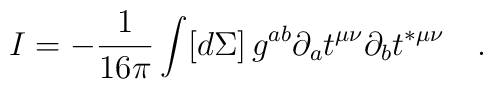
I=-\frac{1}{16\pi }\int [d\Sigma ]\,g^{ab}\partial _{a}t^{\mu \nu }\partial_{b}t^{*\mu \nu }\quad .